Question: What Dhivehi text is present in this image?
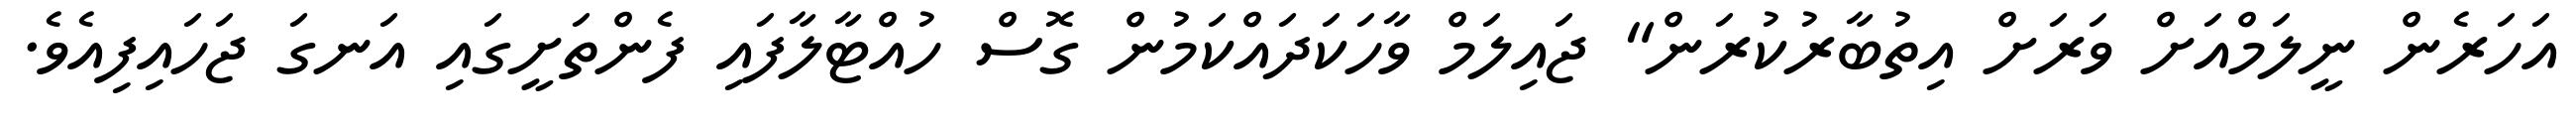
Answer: އަހަރެން ނީލަމްއަށް ވަރަށް އިތުބާރުކުރަން" ޖައިލަމް ވާހަކަދައްކަމުން ގޮސް ހުއްޓާލާފައި ފެންތަށީގައި އަނގަ ޖަހައިފިއެވެ.